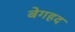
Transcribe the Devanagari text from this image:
बेगहद